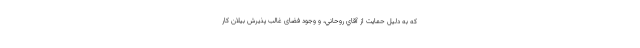
كه به دليل حمايت از آقاي روحاني، و وجود فضای غالب پذيرش بيلان كار